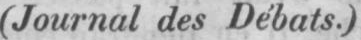
(Journal des Débats.)